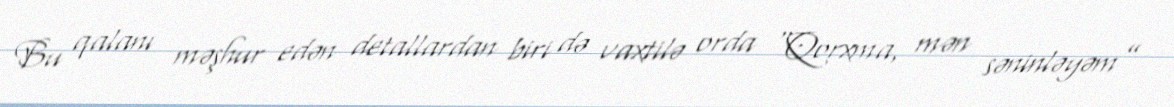
Bu qalanı məşhur edən detallardan biri də vaxtilə orda “Qorxma, mən səninləyəm”